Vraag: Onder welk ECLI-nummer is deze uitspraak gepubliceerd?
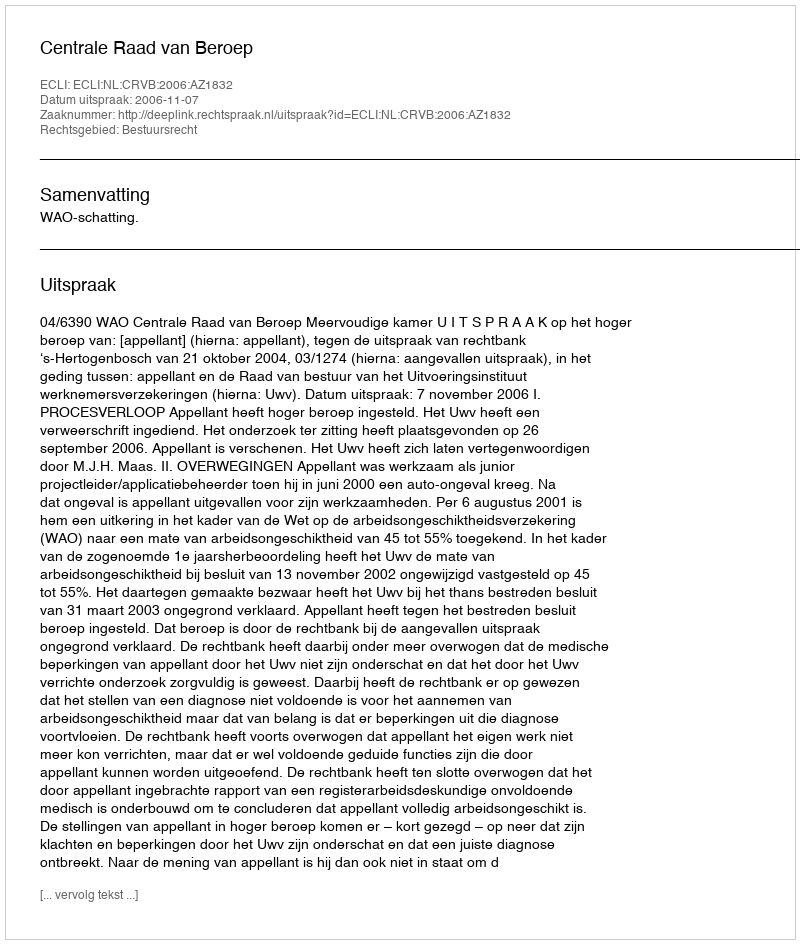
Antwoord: ECLI:NL:CRVB:2006:AZ1832